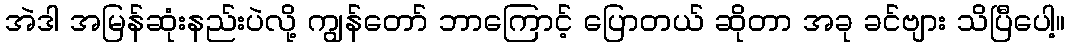
အဲဒါ အမြန်ဆုံးနည်းပဲလို့ ကျွန်တော် ဘာကြောင့် ပြောတယ် ဆိုတာ အခု ခင်ဗျား သိပြီပေါ့။